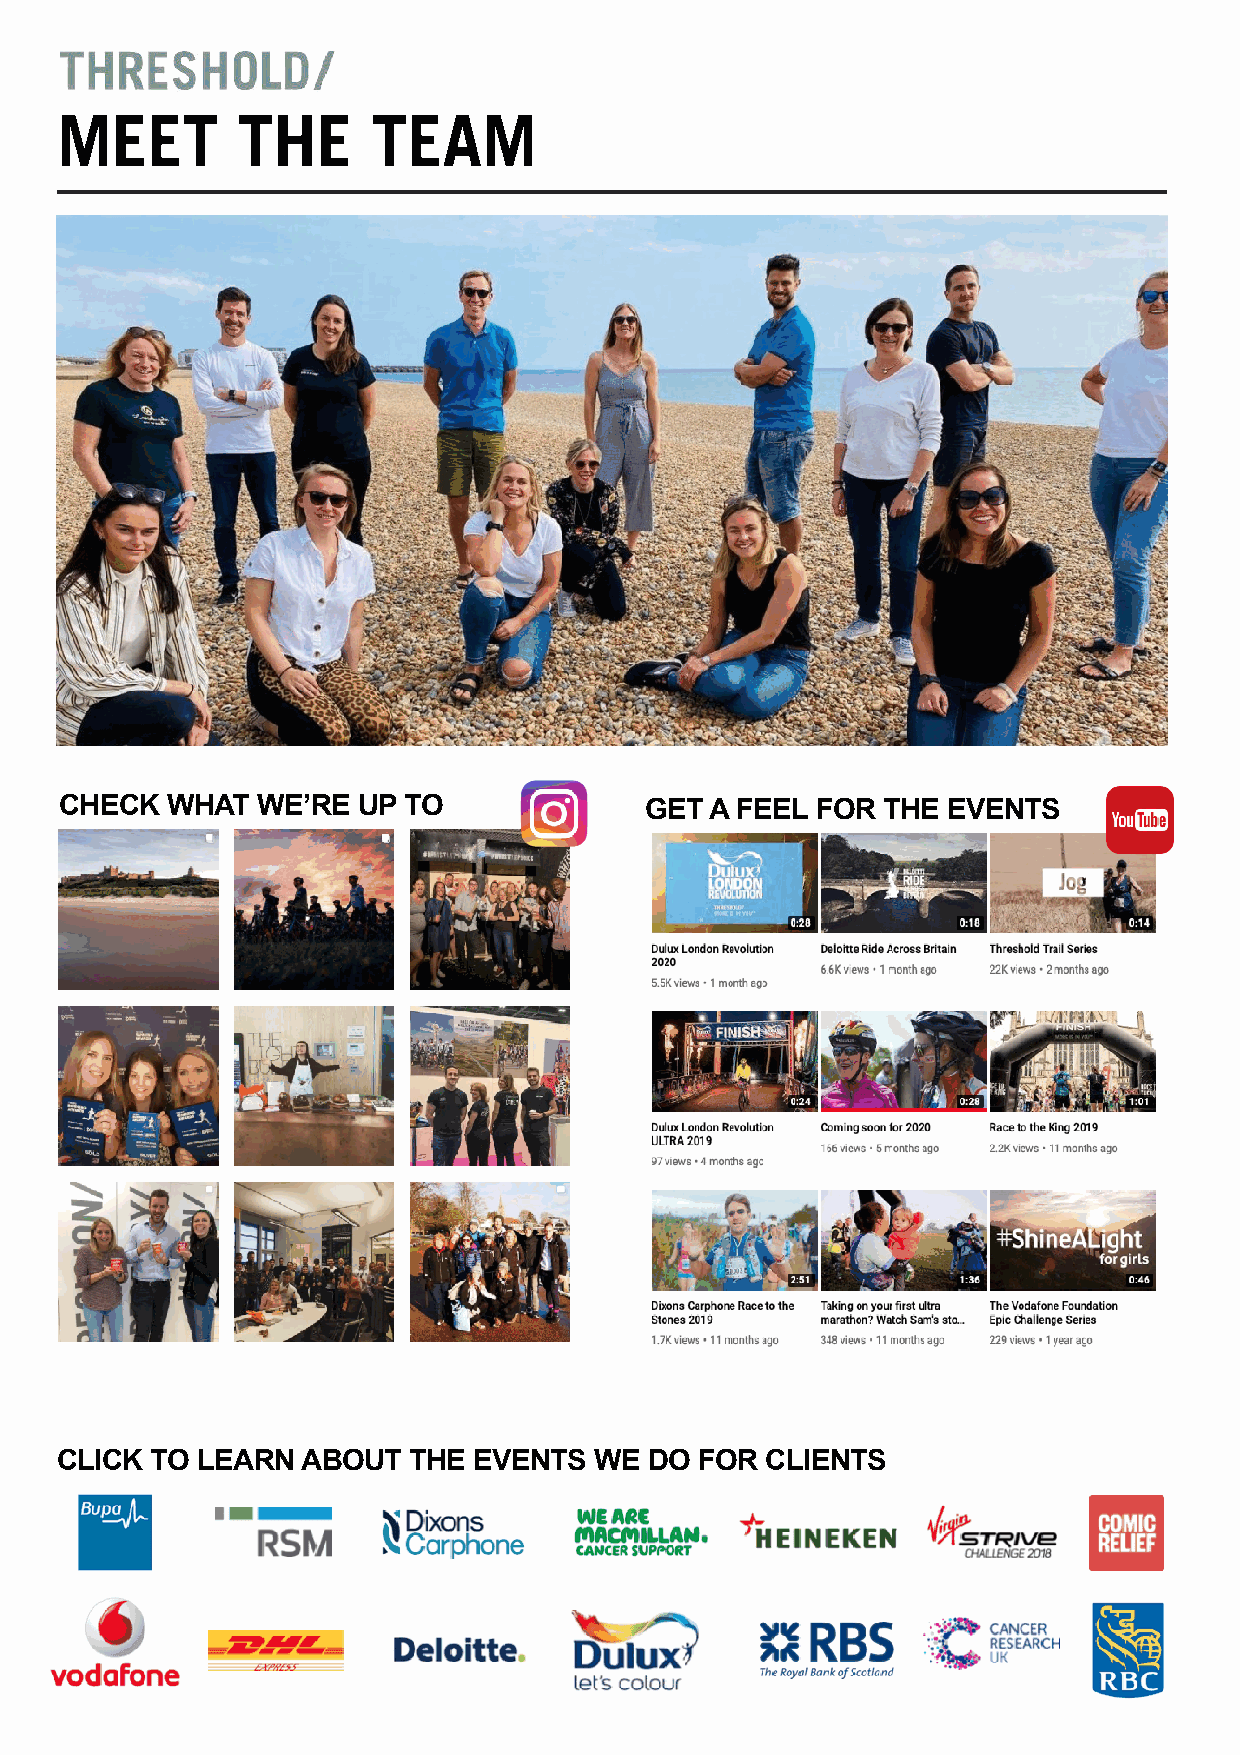
MEET        THE      TEAM
 ####
 CHECK  WHAT  WE’RE  UP TO              GET A FEEL FOR THE  EVENTS
 LINK            TEXT                   LINK            TEXT
 LINKTEXT                               LINK            TEXT
 LINKTEXT                               LINK            TEXT
 LINK            TEXT
 LINK            TEXT                   LINK            TEXT
 CLICK TO LEARN  ABOUT  THE EVENTS  WE  DO FOR  CLIENTS
 LINK            LINK             LINK             LINK
 LINK            LINK             LINK             LINK